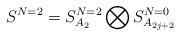
LaTeX: \begin{align*}S^{N=2}=S_{A_2}^{N=2}\bigotimes S_{A_{2j+2}}^{N=0}\end{align*}